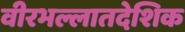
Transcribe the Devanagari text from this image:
वीरभल्लातदेशिक